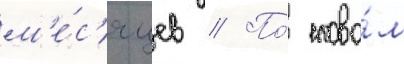
м'е́с'яцев // По́ слова́м